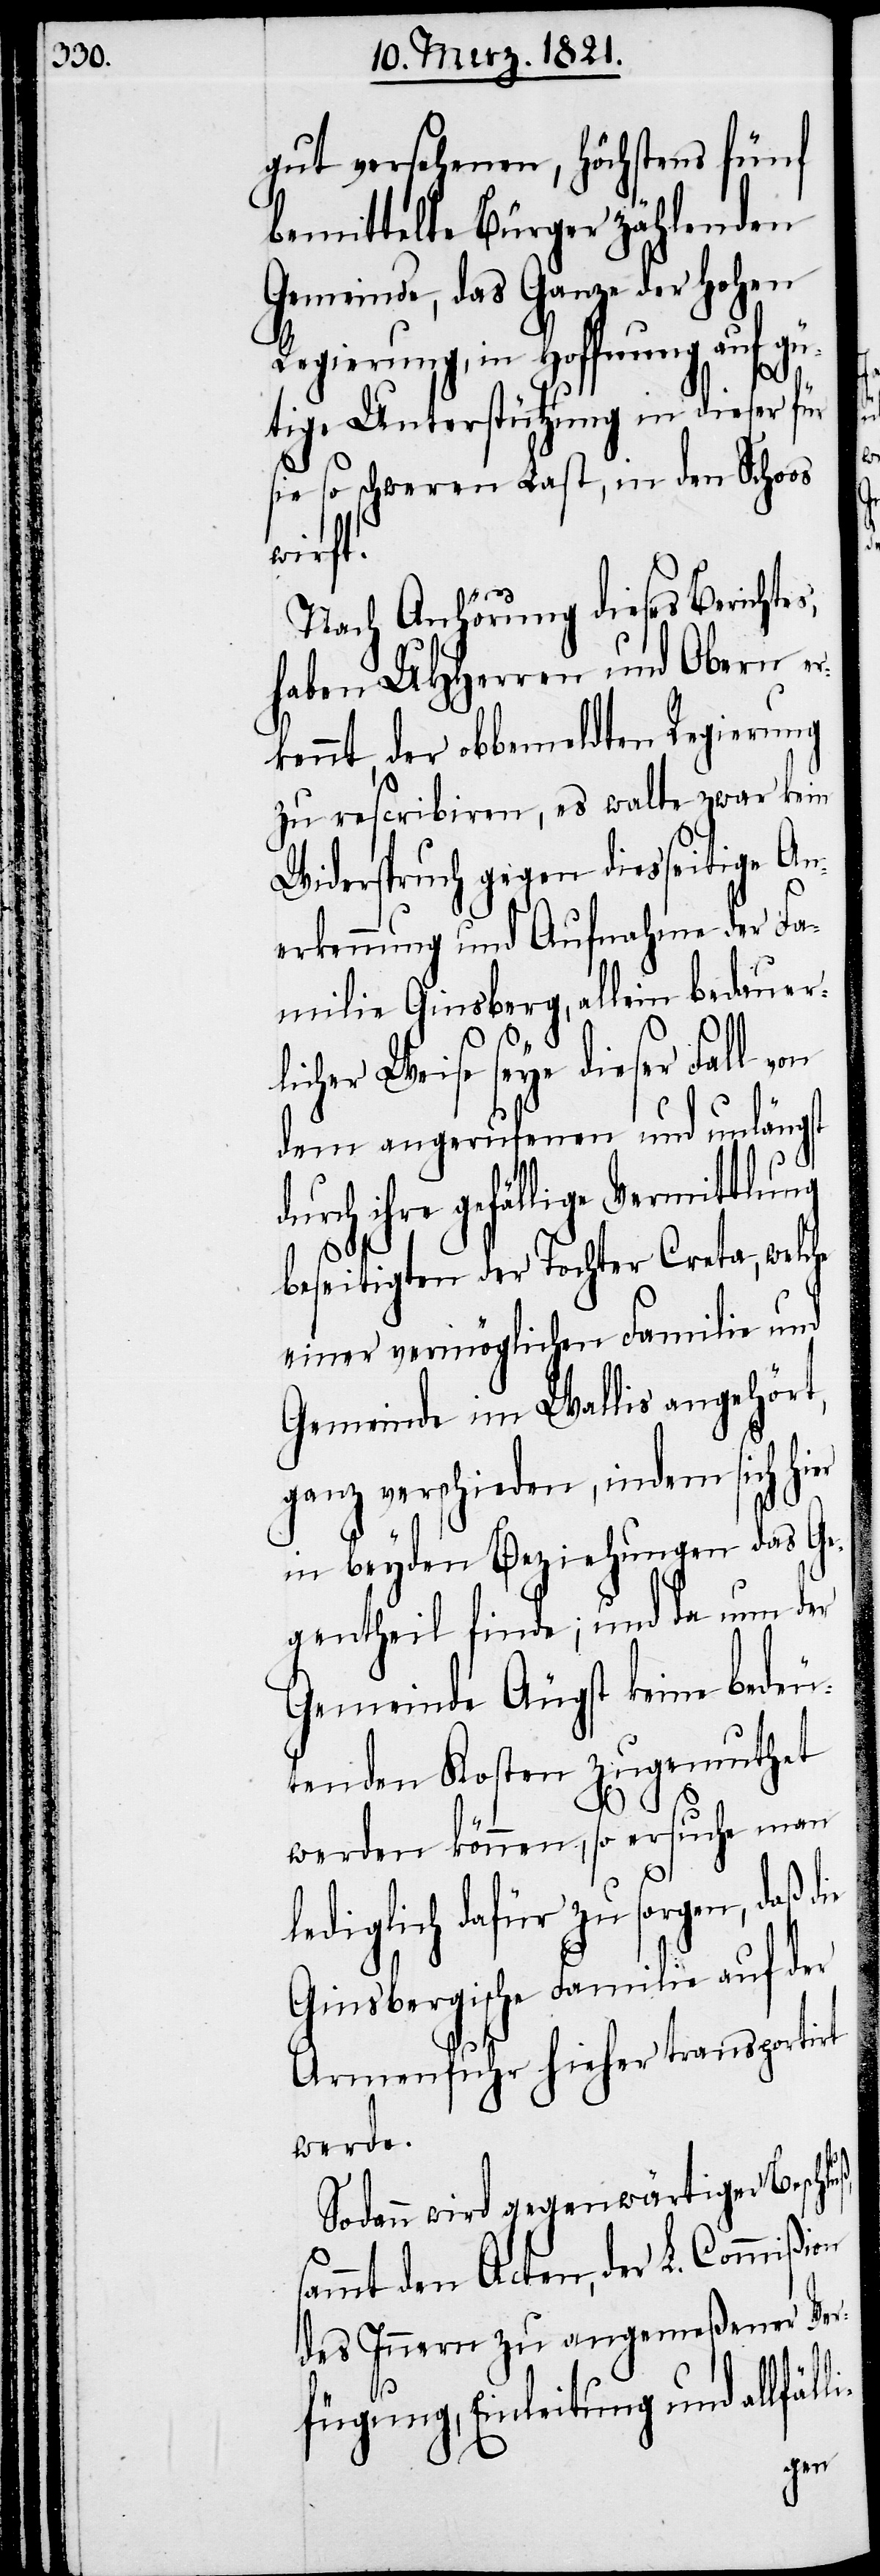
gut versehenen, höchstens fünf
bemittelte Bürger zählenden
Gemeinde, das Ganze der hohen
Regierung, in Hoffnung auf gü¬
tige Unterstützung in dieser für
sie so schweren Last, in den Schoos
li-
Nach Anhörung dieses Berichtes,
haben UHHerren und Obern er¬
kennt, der obbemeldten Regierung
zu Rescribiren, es walte zwar kein
Widerspruch gegen diesseitige An¬
erkennung und Aufnahme der Fa¬
milie Ginsberg, allein bedauer¬
licher Weise seye dieser Fall
dem angerufenen und unlängst
ihre gefällige Vermittlung
beseitigten der Tochter Creta, welche
einer vermöglichen Familie und
Gemeinde im Wallis angehört,
ganz verschieden, indem sich
in beyden Beziehungen das Ge¬
gentheil finde; und da nun der
Gemeinde Äugst keine bedeu¬
tenden Kosten zugemuthet
werden können, so ersuche man
lediglich dafür zu sor¬
Ginsbergische Familie auf der
Armenfuhr hieher transporti¬
werde.
Sodann wird gegenwärtiger Besch¬
sammt den Acten, der L. Commißion
des Innern zu angemeßener Ver¬
fügung, Einleitung und allfäl¬
gen,